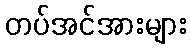
တပ်အင်အားများ